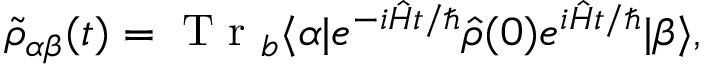
\tilde { \rho } _ { \alpha \beta } ( t ) = \mathrm { ~ T ~ r ~ } _ { b } \langle \alpha | e ^ { - i \hat { H } t / \hslash } \hat { \rho } ( 0 ) e ^ { i \hat { H } t / \hslash } | \beta \rangle ,